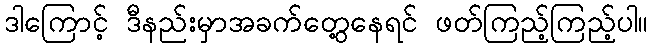
ဒါကြောင့် ဒီနည်းမှာအခက်တွေ့နေရင် ဖတ်ကြည့်ကြည့်ပါ။